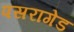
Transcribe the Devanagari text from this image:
पसरागेड